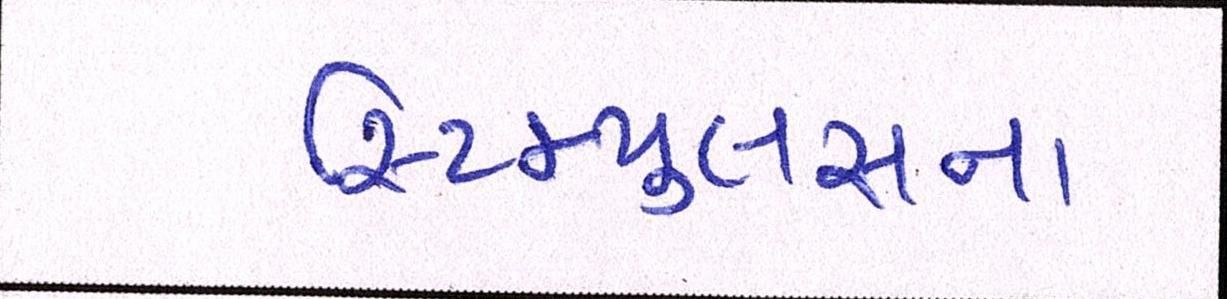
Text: સ્ટિમ્યુલસના